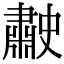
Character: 𦘤